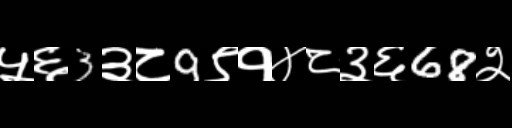
Text: ५६3३८9९१४८३६68२